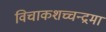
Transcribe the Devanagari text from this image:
विचाकशच्चन्द्रमा